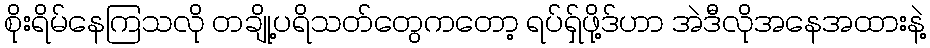
စိုးရိမ်နေကြသလို တချို့ပရိသတ်တွေကတော့ ရပ်ရှ်ဖို့ဒ်ဟာ အဲဒီလိုအနေအထားနဲ့